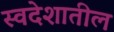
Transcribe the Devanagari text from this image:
स्वदेशातील